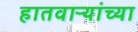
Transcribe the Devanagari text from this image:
हातवाऱ्यांच्या